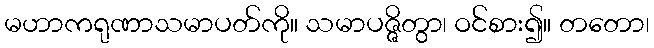
မဟာကရုဏာသမာပတ်ကို။ သမာပဇ္ဇိတွာ၊ ဝင်စား၍။ တတော၊